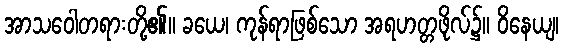
အာသဝေါတရားတို့၏။ ခယေ၊ ကုန်ရာဖြစ်သော အရဟတ္တဖိုလ်၌။ ဝိနေယျ၊